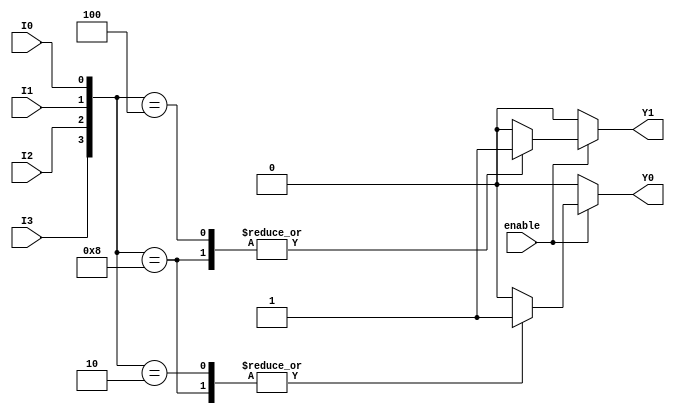
module encoder_4to2 (
    input wire I0,   // Input 0
    input wire I1,   // Input 1
    input wire I2,   // Input 2
    input wire I3,   // Input 3
    input wire enable, // Enable signal
    output reg Y1,   // Output 1
    output reg Y0    // Output 0
);

always @(*) begin
    if (!enable) begin
        // When not enabled, set outputs to a specific state (00)
        Y1 = 1'b0;
        Y0 = 1'b0;
    end else begin
        // Priority encoding logic
        case ({I3, I2, I1, I0})
            4'b1000: begin // I3 active
                Y1 = 1'b1;
                Y0 = 1'b1;
            end
            4'b0100: begin // I2 active
                Y1 = 1'b1;
                Y0 = 1'b0;
            end
            4'b0010: begin // I1 active
                Y1 = 1'b0;
                Y0 = 1'b1;
            end
            4'b0001: begin // I0 active
                Y1 = 1'b0;
                Y0 = 1'b0;
            end
            default: begin // No active input or multiple active inputs
                Y1 = 1'b0;
                Y0 = 1'b0;
            end
        endcase
    end
end

endmodule